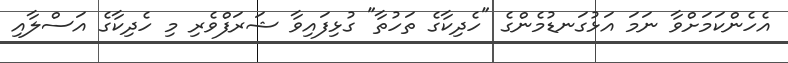
އެހެންކަމަށްވާ ނަމަ އަޅުގަނޑުމެންގެ "ހެދިކާގެ ތަހުތާ" ގުޅިފައިވާ ޝަރަފްވެރި މި ހެދިކާގެ އަސްލާއި